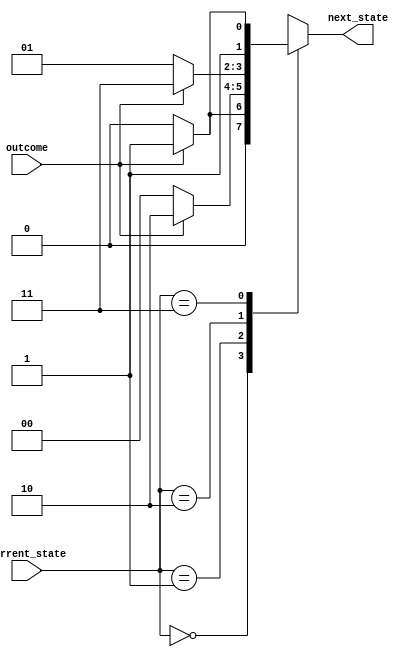
module TWO_BITS_FSM (
	input [1:0] current_state,
	input outcome,
	output reg [1:0] next_state
);

	parameter YES = 1'b1;
	parameter NO  = 1'b0;
	
	parameter strongly_not=2'd0;
	parameter weakly_not=2'd1;
	parameter weakly_yes=2'd2;
	parameter strongly_yes=2'd3;

	always @(*) 
	begin
		case(current_state)
			strongly_not:
			begin
				if(outcome==YES)
					next_state=weakly_not;
				else
					next_state=strongly_not;
			end
			weakly_not:
			begin
				if(outcome==YES)
					next_state=weakly_yes;
				else
					next_state=strongly_not;
			end
			weakly_yes:
			begin
				if(outcome==YES)
					next_state=strongly_yes;
				else
					next_state=weakly_not;
			end
			strongly_yes:
			begin
				if(outcome==YES)
					next_state=strongly_yes;
				else
					next_state=weakly_yes;
			end
		endcase	
	end
	
endmodule